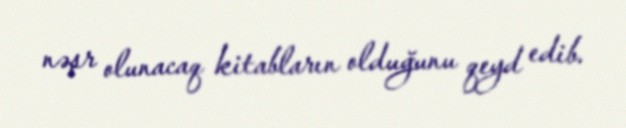
nəşr olunacaq kitabların olduğunu qeyd edib.